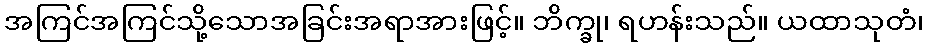
အကြင်အကြင်သို့သောအခြင်းအရာအားဖြင့်။ ဘိက္ခု၊ ရဟန်းသည်။ ယထာသုတံ၊